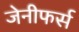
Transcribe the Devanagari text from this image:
जेनीफर्स